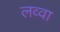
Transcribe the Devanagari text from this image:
लव्वा